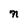
Character: n